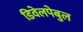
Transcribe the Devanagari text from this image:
डिवेलपेबुल